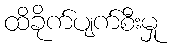
ထိခိုက်ပျက်စီးမှု